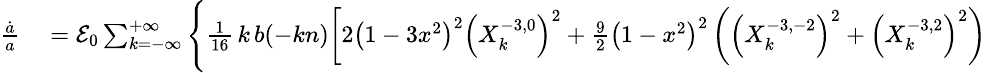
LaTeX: \small\begin{array}{rl}{\frac{\dot{a}}{a}}&{{}={\cal E}_{0}\sum_{k=-\infty}^{+\infty}\Bigg\{ \frac{1}{16}\, k\, b(-kn)\bigg[2\left(1-3x^{2}\right)^{2}\left(X_{k}^{-3,0}\right)^{2}+\frac 92\left(1-x^{2}\right)^{2}\left(\left(X_{k}^{-3,-2}\right)^{2}+\left(X_{k}^{-3,2}\right)^{2}\right)}\end{array}